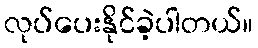
လုပ်ပေးနိုင်ခဲ့ပါတယ်။